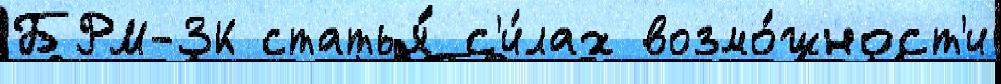
БРМ-3К статья́ с'и́лах возмо́жност'и